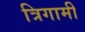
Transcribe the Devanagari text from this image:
त्रिगामी